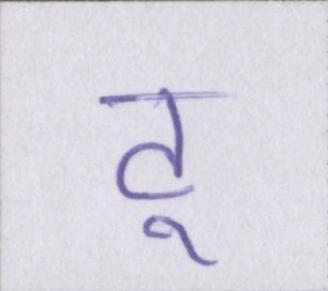
टू